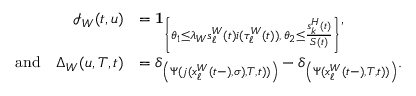
\begin{array} { r l } { \mathcal { I } _ { W } ( t , u ) } & { = \mathbf { 1 } _ { \left\{ \theta _ { 1 } \leq \lambda _ { W } s _ { \ell } ^ { W } ( t ) i ( \tau _ { \ell } ^ { W } ( t ) ) , \, \theta _ { 2 } \leq \frac { s _ { k } ^ { H } ( t ) } { S ( t ) } \right\} } , } \\ { \mathrm { a n d } \quad \Delta _ { W } ( u , T , t ) } & { = \delta _ { \left( \Psi ( \mathfrak { j } ( x _ { \ell } ^ { W } ( t - ) , \sigma ) , T , t ) ) \right) } - \delta _ { \left( \Psi ( x _ { \ell } ^ { W } ( t - ) , T , t ) ) \right) } . } \end{array}